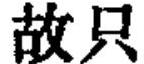
故只